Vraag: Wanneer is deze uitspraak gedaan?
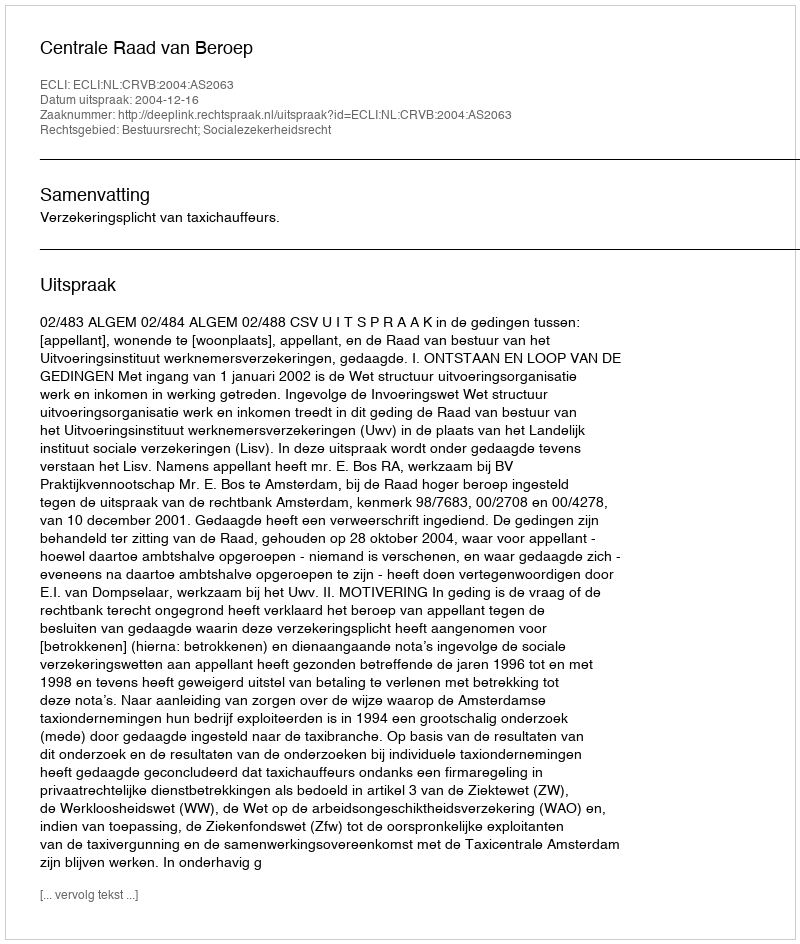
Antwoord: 2004-12-16